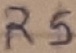
Text: R5